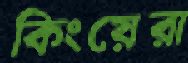
কিংয়েরা